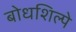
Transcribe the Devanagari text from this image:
बोधशिल्पे